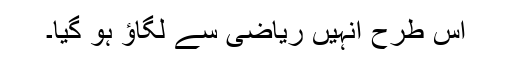
اس طرح انہیں ریاضی سے لگاؤ ہو گیا۔